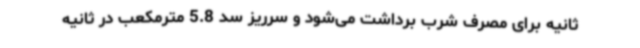
ثانیه برای مصرف شرب برداشت می‌شود و سرریز سد 5.8 مترمکعب در ثانیه